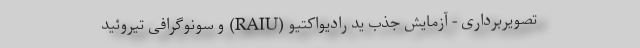
تصویربرداری - آزمایش جذب ید رادیواکتیو (RAIU) و سونوگرافی تیروئید